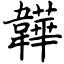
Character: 韡